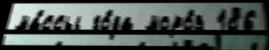
ма́ссы го́да моро́з 186